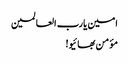
امین یارب العالمین
مؤمن بھائیو!